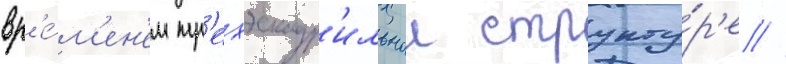
вр'е́м'ен'ем тр'ехэскадр'ильнои структу́р'е //